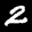
Label: 2